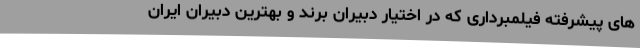
های پیشرفته فیلمبرداری که در اختیار دبیران برند و بهترین دبیران ایران